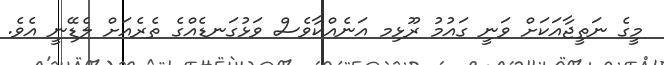
މީގެ ނަތީޖާއަަކަށް ވަނީ ގައުމު ރޫޅިމ އަނެއްކާވެސް ވަޅުގަނޑެއްގެ ތެރެއަށް ލެޑޭނީ އެވެ.